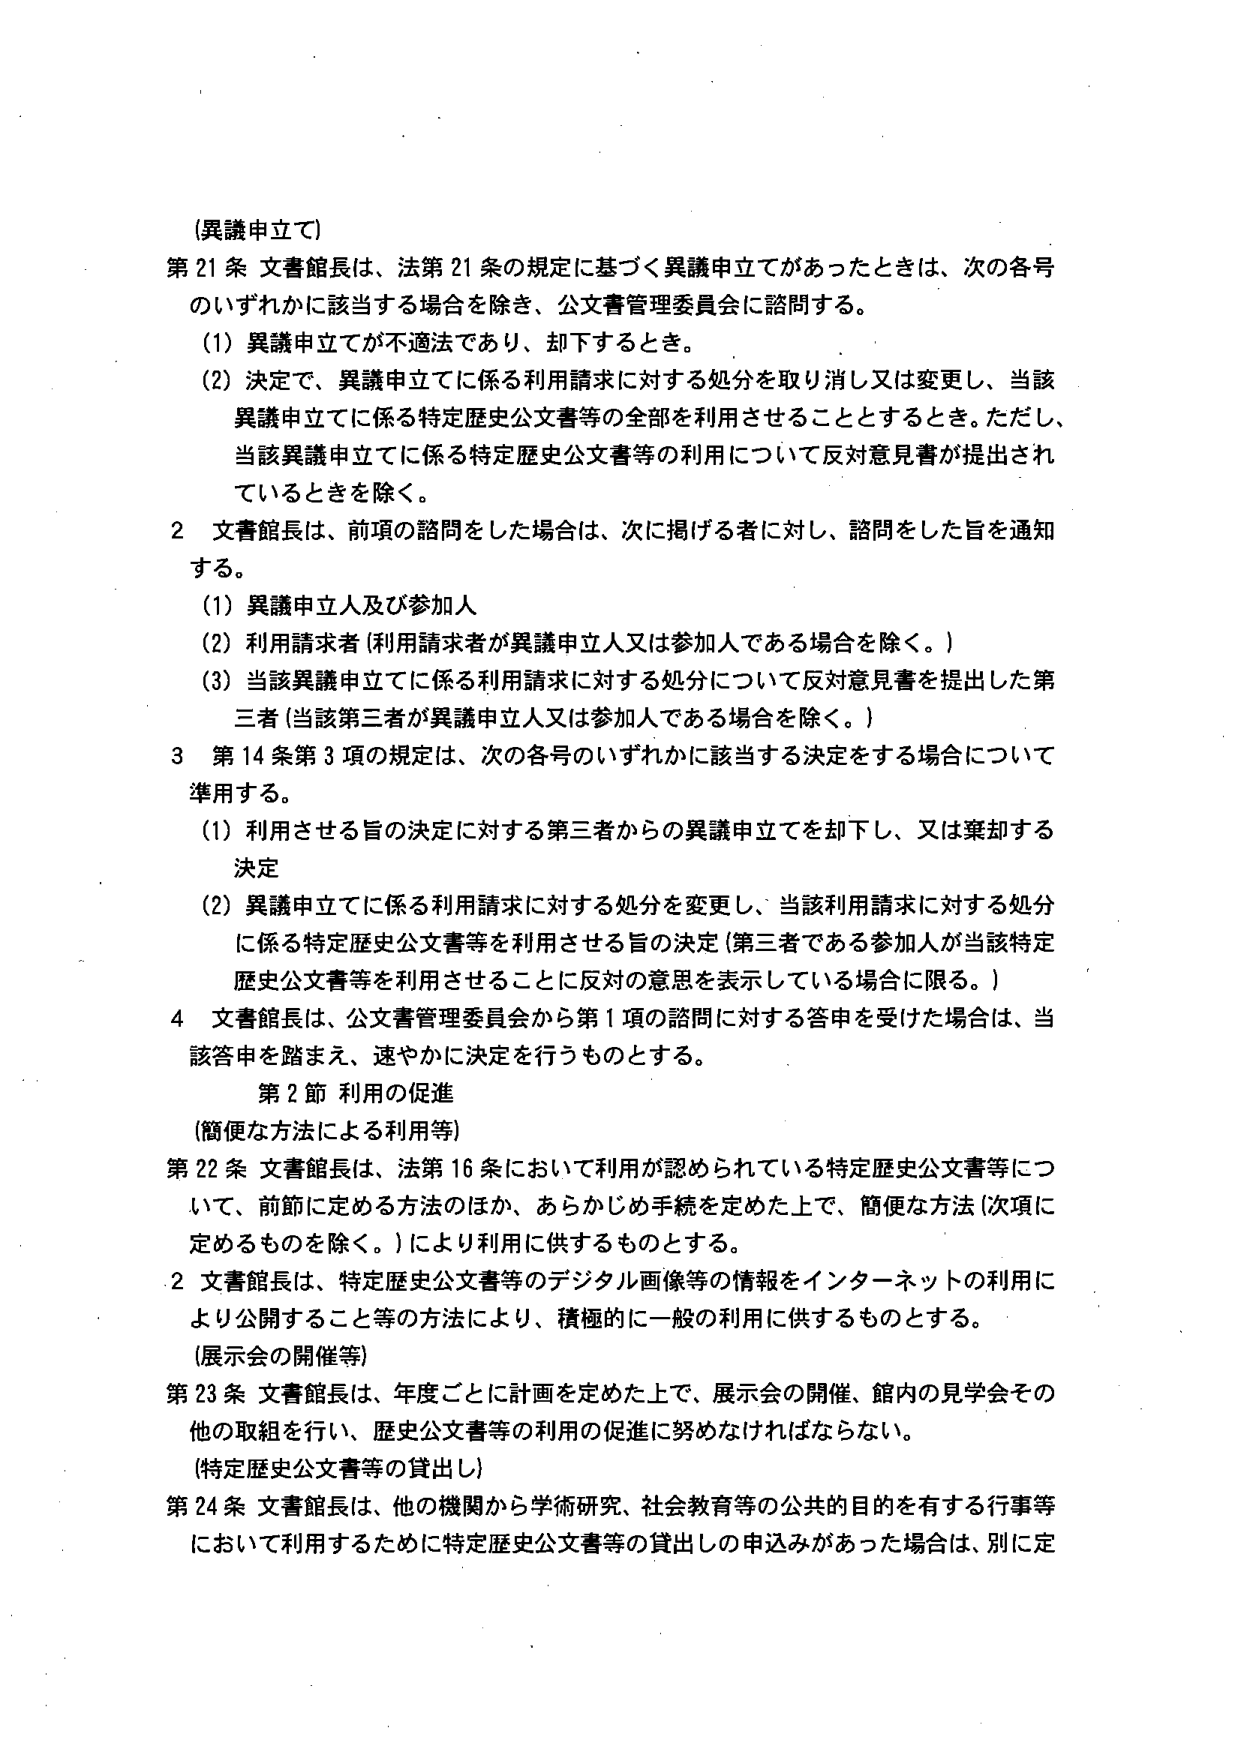
(異議申立て)

第21条 文書館長は、法第21条の規定に基づく異議申立てがあったときは、次の各号のいずれかに該当する場合を除き、公文書管理委員会に諮問する。

(1) 異議申立てが不適法であり、却下するとき。

(2) 決定で、異議申立てに係る利用請求に対する処分を取り消し又は変更し、当該異議申立てに係る特定歴史公文書等の全部を利用させることとするとき。ただし、当該異議申立てに係る特定歴史公文書等の利用について反対意見書が提出されているときを除く。

2 文書館長は、前項の諮問をした場合は、次に掲げる者に対し、諮問をした旨を通知する。

(1) 異議申立人及び参加人

(2) 利用請求者（利用請求者が異議申立人又は参加人である場合を除く。）

(3) 当該異議申立てに係る利用請求に対する処分について反対意見書を提出した第三者（当該第三者が異議申立人又は参加人である場合を除く。）

3 第14条第3項の規定は、次の各号のいずれかに該当する決定をする場合について準用する。

(1) 利用させる旨の決定に対する第三者からの異議申立てを却下し、又は棄却する決定

(2) 異議申立てに係る利用請求に対する処分を変更し、当該利用請求に対する処分に係る特定歴史公文書等を利用させる旨の決定（第三者である参加人が当該特定歴史公文書等を利用させることに反対の意思を表示している場合に限る。）

4 文書館長は、公文書管理委員会から第1項の諮問に対する答申を受けた場合は、当該答申を踏まえ、速やかに決定を行うものとする。

第2節 利用の促進

(簡便な方法による利用等)

第22条 文書館長は、法第16条において利用が認められている特定歴史公文書等について、前節に定める方法のほか、あらかじめ手続を定めた上で、簡便な方法（次項に定めるものを除く。）により利用に供するものとする。

2 文書館長は、特定歴史公文書等のデジタル画像等の情報をインターネットの利用により公開すること等の方法により、積極的に一般の利用に供するものとする。

(展示会の開催等)

第23条 文書館長は、年度ごとに計画を定めた上で、展示会の開催、館内の見学会その他の取組を行い、歴史公文書等の利用の促進に努めなければならない。

(特定歴史公文書等の貸出し)

第24条 文書館長は、他の機関から学術研究、社会教育等の公共的目的を有する行事等において利用するために特定歴史公文書等の貸出しの申込みがあった場合は、別に定